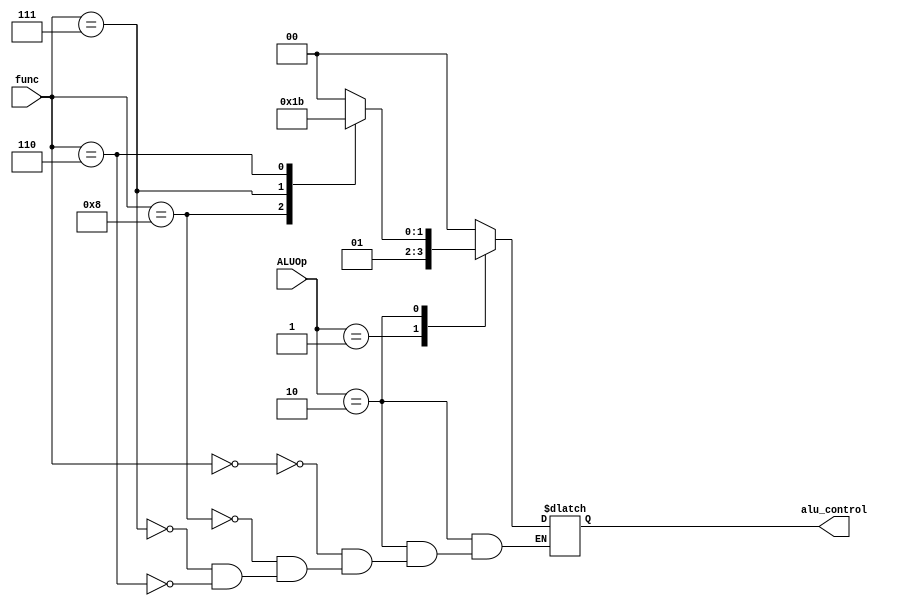
module alu_control (
 input [1:0] ALUOp,
 input [3:0] func,
 output reg [1:0] alu_control
);



parameter Add = 2'b00;
parameter Sub = 2'b01;
parameter And = 2'b10;
parameter Or  = 2'b11;

parameter Load =   7'b0000011;
parameter Store =  7'b0100011;
parameter Btype = 7'b1100011;
parameter Addi =   7'b0010011;
parameter Jal =    7'b1101111;
parameter Jalr =   7'b1100111;

always @ (ALUOp or func) begin
    case(ALUOp)
        2'b00: begin
            alu_control = 2'b00;
        end
        2'b01: begin
            alu_control = 2'b01;
        end
        2'b10: begin
            case(func)
                4'b0000: alu_control = 2'b00;
                4'b1000: alu_control = 2'b01;
                4'b0111: alu_control = 2'b10;
                4'b0110: alu_control = 2'b11;
            endcase
        end
        default: alu_control = 2'bxx;
    endcase
end

endmodule